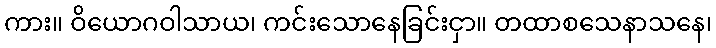
ကား။ ဝိယောဂဝါသာယ၊ ကင်းသောနေခြင်းငှာ။ တထာစသေနာသနေ၊